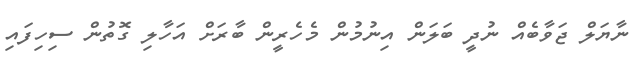
ނާޔަލް ޖަވާބެއް ނުދީ ބަލަން އިނުމުން މެހެރީން ބާރަށް އަހާލި ގޮތުން ސިހިފައި